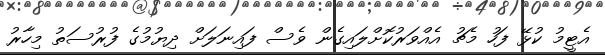
އެޓީމު ކުޅޭ ފަހު މެޗު އެއްވަރުކޮށްލައިގެން ވެސް ފައިނަލަށް ދިޔުމުގެ ފުރުސަތު މިހާރު